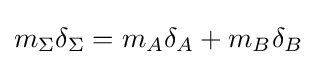
m_{\Sigma }\delta _{\Sigma }=m_{A}\delta _{A}+m_{B}\delta _{B}